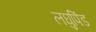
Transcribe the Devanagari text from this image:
लघुपिंड